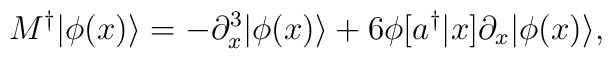
M^\dagger|\phi(x)\rangle = -\partial_x^3|\phi(x)\rangle  + 6\phi[a^\dagger|x]\partial_x|\phi(x)\rangle ,